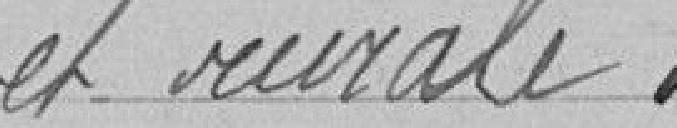
et rurale.